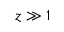
z \gg 1